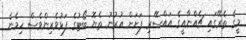
މީގެ ތެރޭގައި ޗެއްނާއީގެ އައްސޭރި ފަށަށް އުރުނު ތެޔޮ ބޯޓުގެ ފަޅުވެރިންވެސް ހިމެނެ